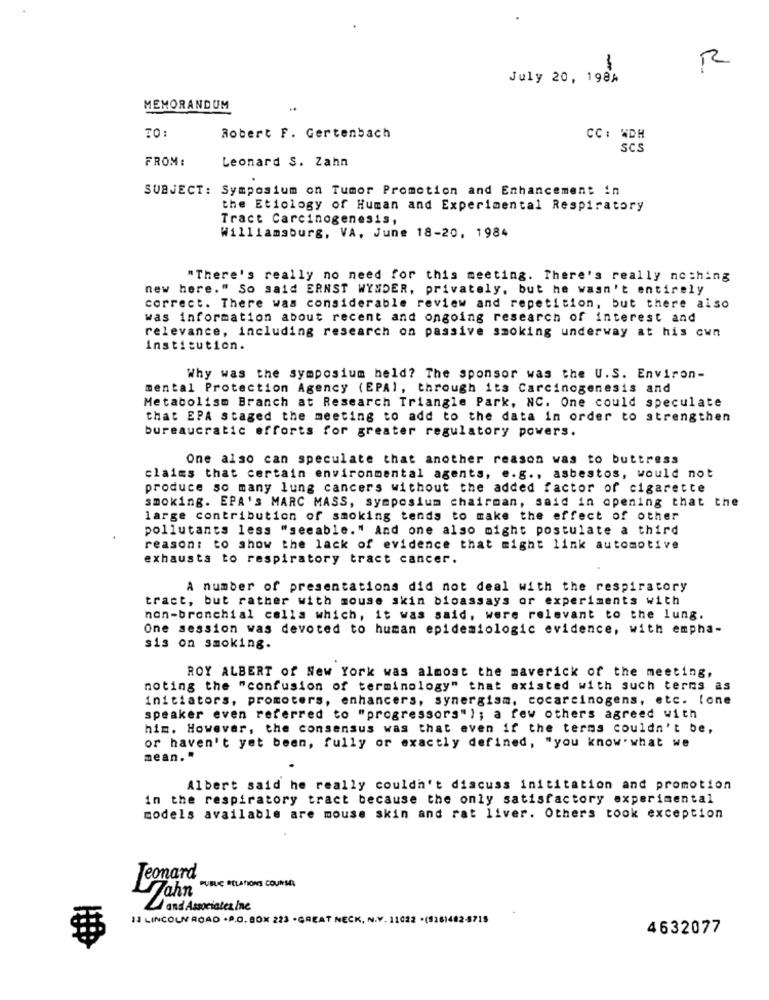
R
July 20, 1984
MEMORANDUM
Robert F. Gertenbach
CC: WDH
SCS
FROM :
Leonard S. Zahn
SUBJECT: Symposium on Tumor Promotion and Enhancement in
the Etiology of Human and Experimental Respiratory
Tract Carcinogenesis,
Williamsburg, VA, June 18-20, 1984
"There's really no need for this meeting. There's really nothing
new here." So said ERNST WYMDER, privately, but he wasn't entirely
correct. There was considerable review and repetition, but there also
was information about recent and ongoing research of interest and
relevance, including research on passive smoking underway at his cun
institution.
Why was the symposium held? The sponsor was the U.S. Environ-
mental Protection Agency (EPA), through its Carcinogenesis and
Metabolism Branch at Research Triangle Park, NC. One could speculate
that EPA staged the meeting to add to the data in order to strengthen
bureaucratic efforts for greater regulatory powers.
One also can speculate that another reason was to buttress
claims that certain environmental agents, e.g ., asbestos, would not
produce so many lung cancers without the added factor of cigarette
smoking. EPA'S MARC MASS, symposium chairman, said in opening that the
large contribution of smoking tends to make the effect of other
pollutants less "secable." And one also might postulate a third
reason: to show the lack of evidence that might link automotive
exhausts to respiratory tract cancer.
A number of presentations did not deal with the respiratory
tract, but rather with mouse skin bioassays or experiments with
non-bronchial cells which, it was said, were relevant to the lung.
One session was devoted to human epidemiologic evidence, with empha-
sis on smoking.
ROY ALBERT of New York was almost the maverick of the meeting,
noting the "confusion of terminology" that existed with such terns as
initiators, promoters, enhancers, synergism, cocarcinogens, etc. lone
speaker even referred to "progressors"); a few others agreed with
him. However, the consensus was that even if the terms couldn't be,
or haven't yet been, fully or exactly defined, "you know- what we
mean. "
Albert said he really couldn't discuss inititation and promotion
in the respiratory tract because the only satisfactory experimental
models available are mouse skin and rat liver. Others took exception
Jeonard
PUBLIC RELATIONS COUNSEL
Zahn
and Associates Inc
11 LINCOLN ROAD .P.O. BOX 223 . GREAT NECK, N.V. 11022 .(516)482
$715
4632077